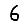
Digit: 6